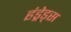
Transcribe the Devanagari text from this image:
हंड्रेड्स